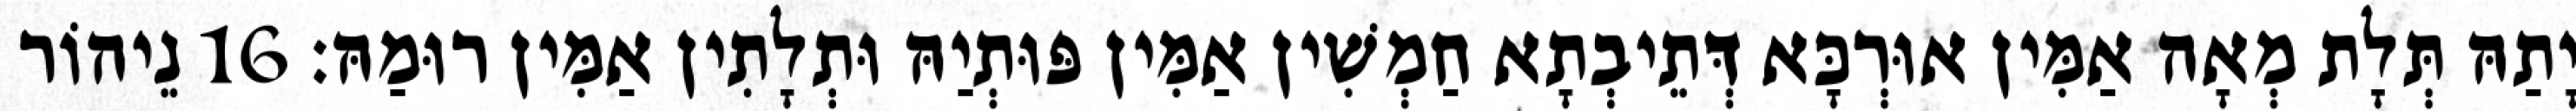
יָתַהּ תְּלָת מְאָה אַמִּין אוּרְכָּא דְּתֵיבְתָא חַמְשִׁין אַמִּין פּוּתְיַהּ וּתְלָתִין אַמִּין רוּמַהּ׃ 16 נֵיהוֹר